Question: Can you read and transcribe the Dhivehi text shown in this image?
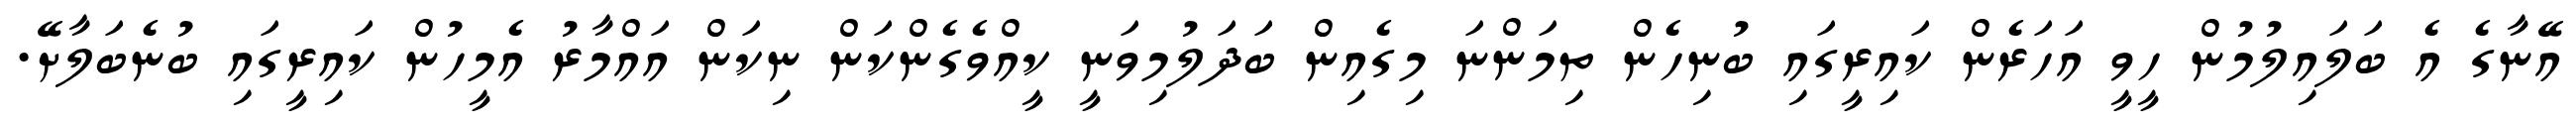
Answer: އޭނާގެ އެ ބަލައިލުމުން ހީވީ އަހަރެން ކައިރީގައި ބުނިހެން ތިމަންނަ މިގެއިން ބަދަލުމިވަނީ ކީއްވެގެންކަން ނިކަން އައްމާރު އެމީހުން ކައިރީގައި ބުނެބަލާށޭ.